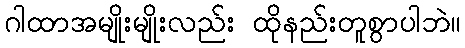
ဂါထာအမျိုးမျိုးလည်း ထိုနည်းတူစွာပါဘဲ။